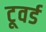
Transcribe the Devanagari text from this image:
टूवर्ड